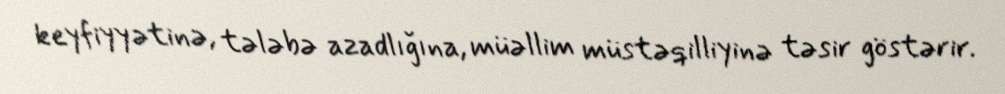
keyfiyyətinə, tələbə azadlığına, müəllim müstəqilliyinə təsir göstərir.